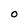
Character: O